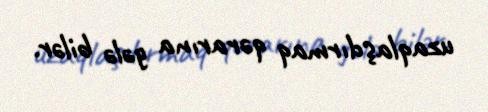
uzaqlaşdırmaq qərarına gələ bilər.